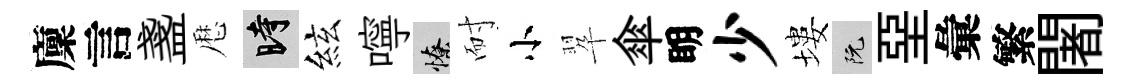
廩言盞厯时絃嚀憭耐小翆傘眀少塿阮堊彙繁闍